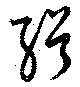
緝